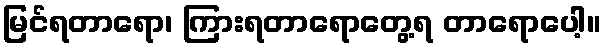
မြင်ရတာရော၊ ကြားရတာရောတွေ့ရ တာရောပေါ့။